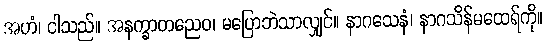
အဟံ၊ ငါသည်။ အနက္ခာတညေဝ၊ မပြောဘဲသာလျှင်။ နာဂသေနံ၊ နာဂသိန်မထေရ်ကို။